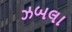
ઝબલા